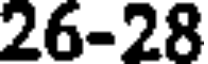
26-28